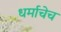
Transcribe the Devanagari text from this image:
धर्माचेच